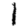
Digit: 1